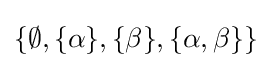
\{\emptyset ,\{\alpha \},\{\beta \},\{\alpha ,\beta \}\}